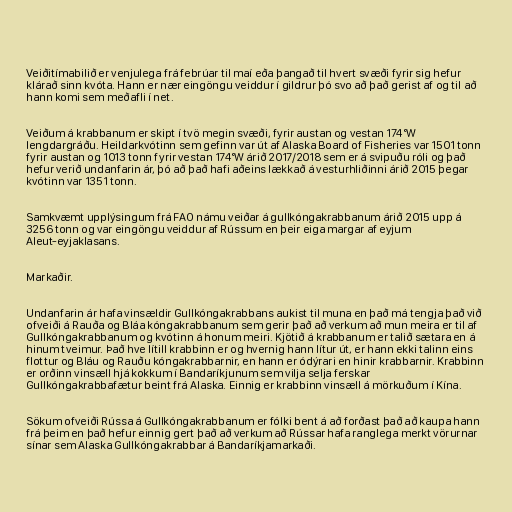
Veiðitímabilið er venjulega frá febrúar til maí eða þangað til hvert svæði fyrir sig hefur
klárað sinn kvóta. Hann er nær eingöngu veiddur í gildrur þó svo að það gerist af og til að
hann komi sem meðafli í net.

Veiðum á krabbanum er skipt í tvö megin svæði, fyrir austan og vestan 174°W
lengdargráðu. Heildarkvótinn sem gefinn var út af Alaska Board of Fisheries var 1501 tonn
fyrir austan og 1013 tonn fyrir vestan 174°W árið 2017/2018 sem er á svipuðu róli og það
hefur verið undanfarin ár, þó að það hafi aðeins lækkað á vesturhliðinni árið 2015 þegar
kvótinn var 1351 tonn.

Samkvæmt upplýsingum frá FAO námu veiðar á gullkóngakrabbanum árið 2015 upp á
3256 tonn og var eingöngu veiddur af Rússum en þeir eiga margar af eyjum
Aleut-eyjaklasans.

Markaðir.

Undanfarin ár hafa vinsældir Gullkóngakrabbans aukist til muna en það má tengja það við
ofveiði á Rauða og Bláa kóngakrabbanum sem gerir það að verkum að mun meira er til af
Gullkóngakrabbanum og kvótinn á honum meiri. Kjötið á krabbanum er talið sætara en á
hinum tveimur. Það hve lítill krabbinn er og hvernig hann lítur út, er hann ekki talinn eins
flottur og Bláu og Rauðu kóngakrabbarnir, en hann er ódýrari en hinir krabbarnir. Krabbinn
er orðinn vinsæll hjá kokkum í Bandaríkjunum sem vilja selja ferskar
Gullkóngakrabbafætur beint frá Alaska. Einnig er krabbinn vinsæll á mörkuðum í Kína.

Sökum ofveiði Rússa á Gullkóngakrabbanum er fólki bent á að forðast það að kaupa hann
frá þeim en það hefur einnig gert það að verkum að Rússar hafa ranglega merkt vörurnar
sínar sem Alaska Gullkóngakrabbar á Bandaríkjamarkaði.